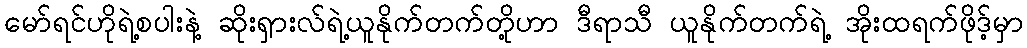
မော်ရင်ဟိုရဲ့စပါးနဲ့ ဆိုးရှားလ်ရဲ့ယူနိုက်တက်တို့ဟာ ဒီရာသီ ယူနိုက်တက်ရဲ့ အိုးထရက်ဖိုဒ့်မှာ